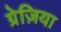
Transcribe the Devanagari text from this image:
ग्रेज़िया